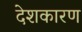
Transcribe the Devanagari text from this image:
देशकारण